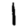
Digit: 1